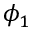
\phi _ { 1 }